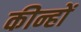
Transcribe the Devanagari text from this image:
कीन्हों